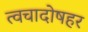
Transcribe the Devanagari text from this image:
त्वचादोषहर